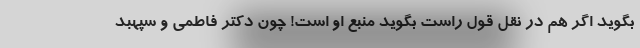
بگوید اگر هم در نقل قول راست بگوید منبع او است! چون دکتر فاطمی و سپهبد